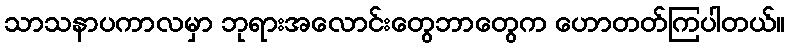
သာသနာပကာလမှာ ဘုရားအလောင်းတွေဘာတွေက ဟောတတ်ကြပါတယ်။